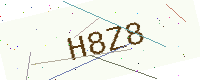
Text: H8Z8